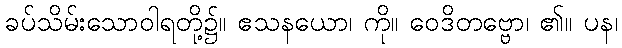
ခပ်သိမ်းသောဝါရတို့၌။ ဧသနယော၊ ကို။ ဝေဒိတဗ္ဗော၊ ၏။ ပန၊